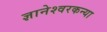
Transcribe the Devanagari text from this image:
ज्ञानेश्वरकन्या